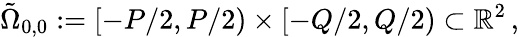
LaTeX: \tilde{\Omega}_{0,0}:=[-P/2,P/2)\times[-Q/2,Q/2)\subset\mathbb{R}^{2}\, ,